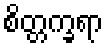
စိတ္တက္ခရာ